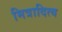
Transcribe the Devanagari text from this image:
मित्रादित्य